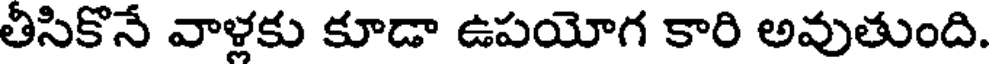
తీసికొనే వాళ్లకు కూడా ఉపయోగ కారి అవుతుంది.